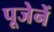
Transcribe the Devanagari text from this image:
पूजेनें